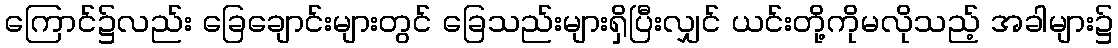
ကြောင်၌လည်း ခြေချောင်းများတွင် ခြေသည်းများရှိပြီးလျှင် ယင်းတို့ကိုမလိုသည့် အခါများ၌